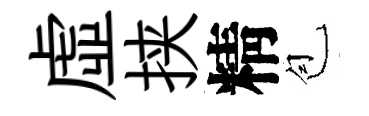
虛挟精苞